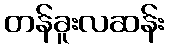
တန်ခူးလဆန်း